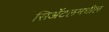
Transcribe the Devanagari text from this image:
सिॲटलमधील